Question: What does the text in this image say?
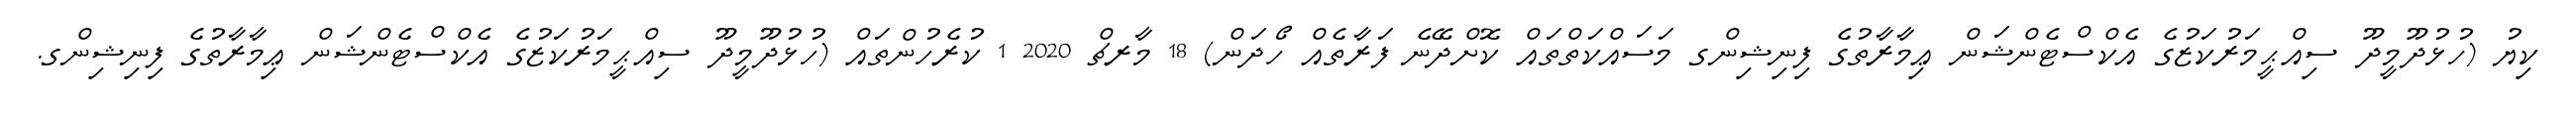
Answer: ކިޔު (ހުޅުދޫމީދޫ ސިއްޙީމަރުކަޒުގެ އެކްސްޓެންޝަން ޢިމާރާތުގެ ފިނިޝިންގ މަސައްކަތްތައް ކޮށްދޭނެ ފަރާތެއް ހޯދަން) 18 މާރޗް 2020 1 ކުރެހުންތައް (ހުޅުދޫމީދޫ ސިއްޙީމަރުކަޒުގެ އެކްސްޓެންޝަން ޢިމާރާތުގެ ފިނިޝިންގ.